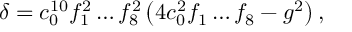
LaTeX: \delta = c _ { 0 } ^ { 1 0 } f _ { 1 } ^ { 2 } \dots f _ { 8 } ^ { 2 } \left( 4 c _ { 0 } ^ { 2 } f _ { 1 } \dots f _ { 8 } - g ^ { 2 } \right) ,